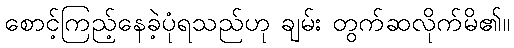
စောင့်ကြည့်နေခဲ့ပုံရသည်ဟု ချမ်း တွက်ဆလိုက်မိ၏။